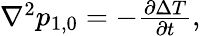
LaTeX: \begin{array}{r}{\nabla^{2}p_{1,0}=-\frac{\partial\Delta T}{\partial t},}\end{array}